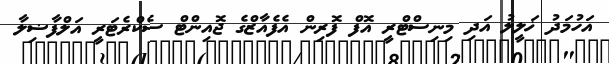
އަހުމަދު ޚަލީލު އަދި މިނިސްޓްރީ އޮފް ފޮރިން އެފެއާޒްގެ ޖޮއިންޓް ސެކްރެޓަރީ އަލްފާޟިލާ